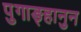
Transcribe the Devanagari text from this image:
पुगाङ्हानुन